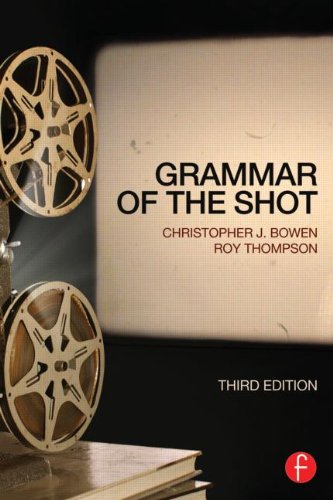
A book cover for AVP 100 Bundle: Grammar of the Shot; Christopher J. Bowen; Humor & Entertainment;